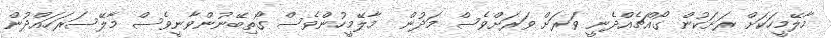
މާލޭމީހަކަށް ރަށަކުން ގޯއްޗެއްދެނީ ވަރަށް ވަރަށްވެސް މަދުން  މާލޭމީހުންވެސް ގޯތިބޭނުންވާނީވެސް މާލޭސަރަހައްދުން